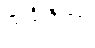
သင်္ခါဒိတွာ